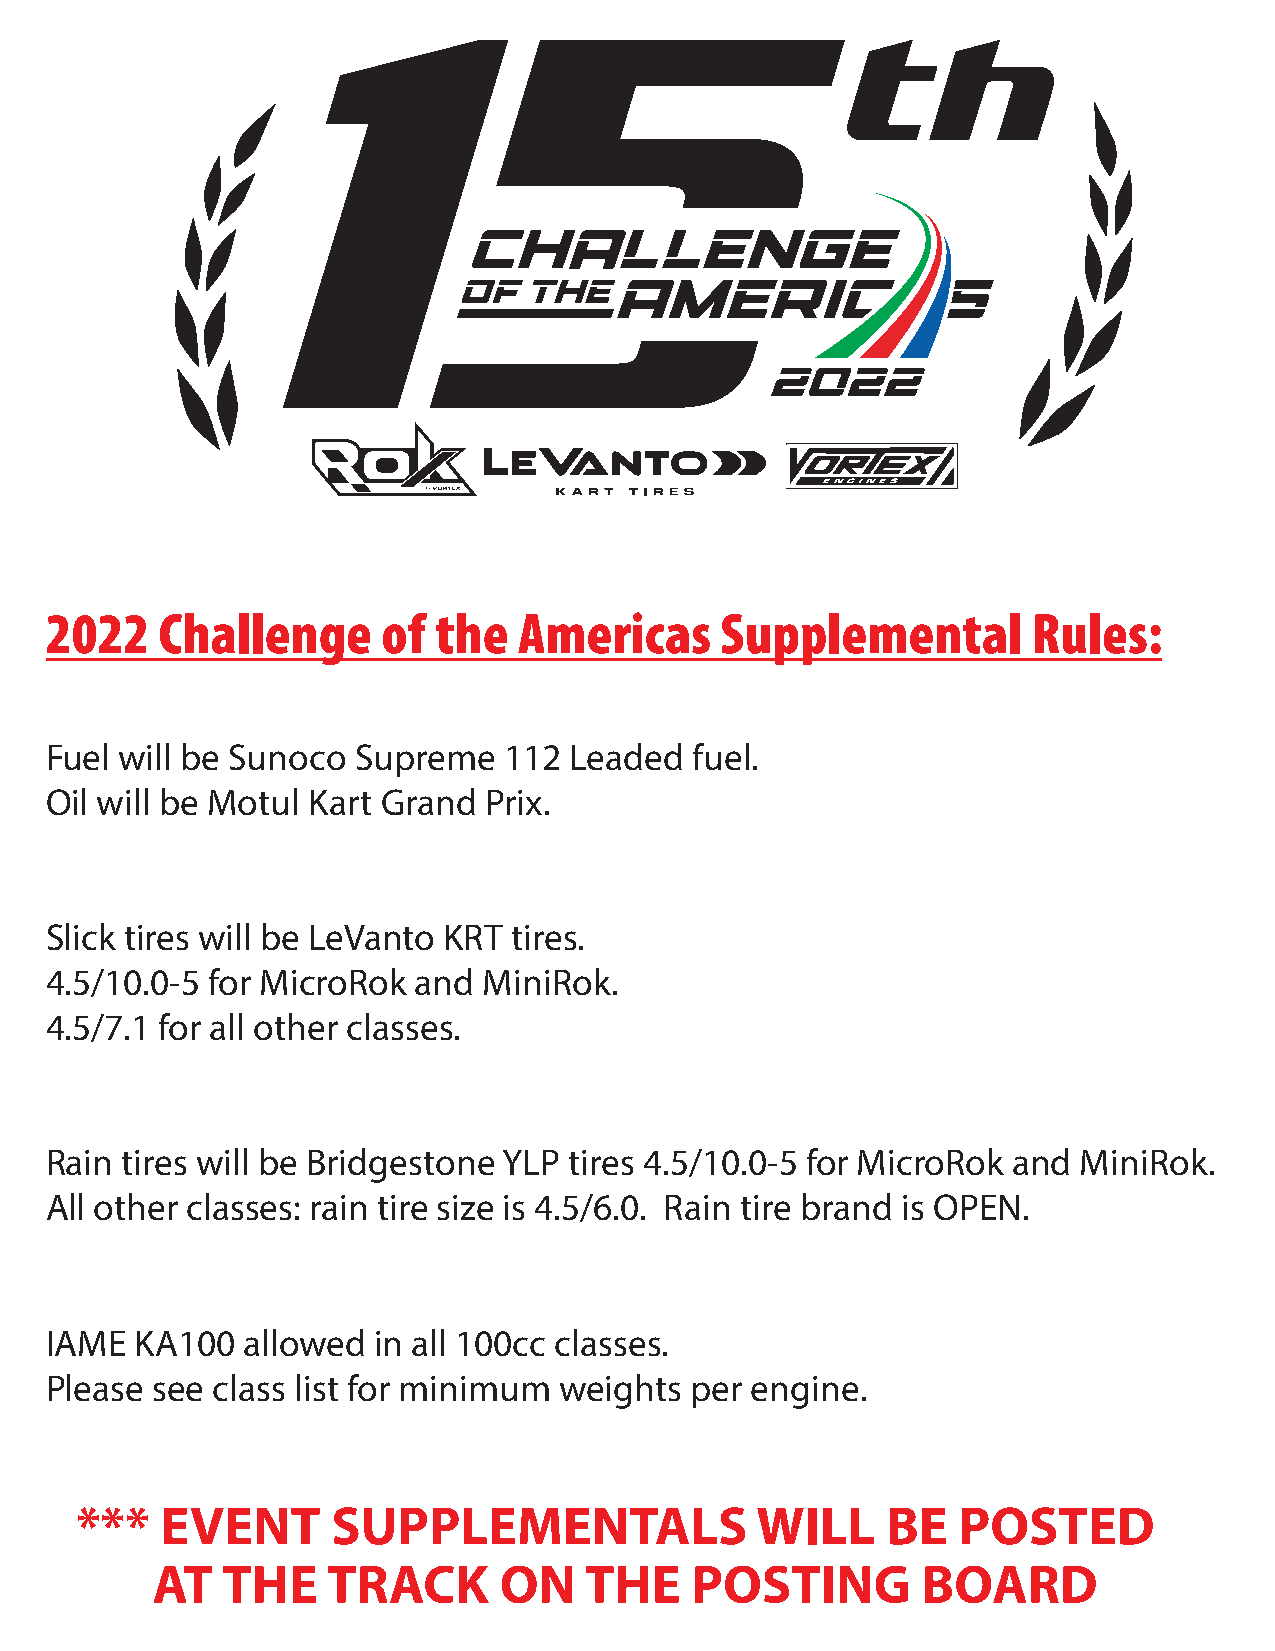
2022    Challenge     of  the  Americas      Supplemental        Rules:
 Fuel will be Sunoco Supreme   112  Leaded  fuel.
 Oil will be Motul Kart Grand Prix.
 Slick tires will be LeVanto KRT tires.
 4.5/10.0-5 for MicroRok and  MiniRok.
 4.5/7.1 for all other classes.
 Rain tires will be Bridgestone YLP tires 4.5/10.0-5 for MicroRok and MiniRok.
 All other classes: rain tire size is 4.5/6.0. Rain tire brand is OPEN.
 IAME  KA100  allowed  in all 100cc classes.
 Please see class list for minimum weights  per engine.
 ***   EVENT      SUPPLEMENTALS               WILL     BE  POSTED
 AT   THE    TRACK      ON    THE    POSTING        BOARD